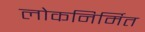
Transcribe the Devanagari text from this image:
लोकनिर्मित